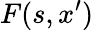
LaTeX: F(s,x^{\prime})